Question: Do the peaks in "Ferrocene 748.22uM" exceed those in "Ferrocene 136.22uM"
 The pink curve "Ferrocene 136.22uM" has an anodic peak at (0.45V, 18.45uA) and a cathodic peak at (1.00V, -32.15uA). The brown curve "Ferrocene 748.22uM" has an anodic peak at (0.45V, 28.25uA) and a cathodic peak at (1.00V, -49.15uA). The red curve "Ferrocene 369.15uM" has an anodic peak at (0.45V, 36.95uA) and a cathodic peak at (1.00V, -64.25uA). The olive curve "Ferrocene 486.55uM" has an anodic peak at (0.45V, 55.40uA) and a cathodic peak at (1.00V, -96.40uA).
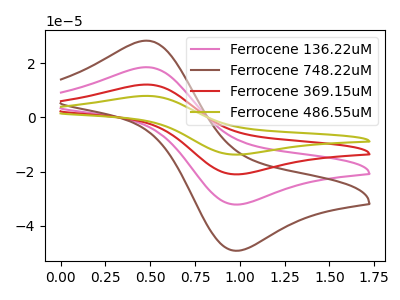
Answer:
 <answer>Every peak in "Ferrocene 748.22uM" is higher than every peak in "Ferrocene 136.22uM".</answer>
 <eval>higher</eval>